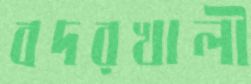
বদরখালী